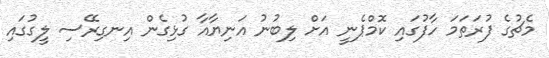
މެޗުގެ ފުރަތަމަ ހާފުގައި ކޮމްޕެނީ އަށް ލިބުނު އަނިޔާއާ ގުޅިގެން އިނގިރޭސި ލީގުގައި